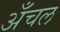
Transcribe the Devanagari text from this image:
अँचल